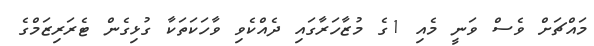
މައްޗަށް ވެސް ވަނީ މެއި 1ގެ މުޒާހަރާގައި ދެއްކެވި ވާހަކަތަކާ ގުޅިގެން ޓެރަރިޒަމްގެ